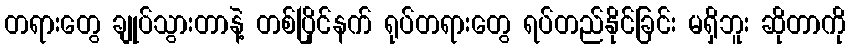
တရားတွေ ချုပ်သွားတာနဲ့ တစ်ပြိုင်နက် ရုပ်တရားတွေ ရပ်တည်နိုင်ခြင်း မရှိဘူး ဆိုတာကို